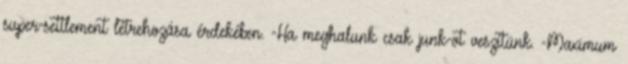
super-settlement létrehozása érdekében. -Ha meghalunk csak junk-ot veszítünk. -Maximum